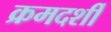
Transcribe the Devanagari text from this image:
क्रमदर्शी